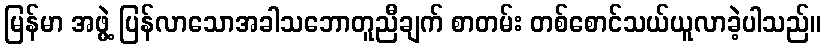
မြန်မာ အဖွဲ့ ပြန်လာသောအခါသဘောတူညီချက် စာတမ်း တစ်စောင်သယ်ယူလာခဲ့ပါသည်။